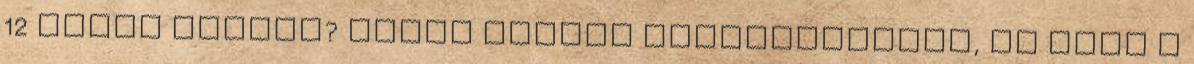
12 kosár kenyér? Erről könnyű megfeledkezni, ha csak a